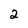
Character: 2